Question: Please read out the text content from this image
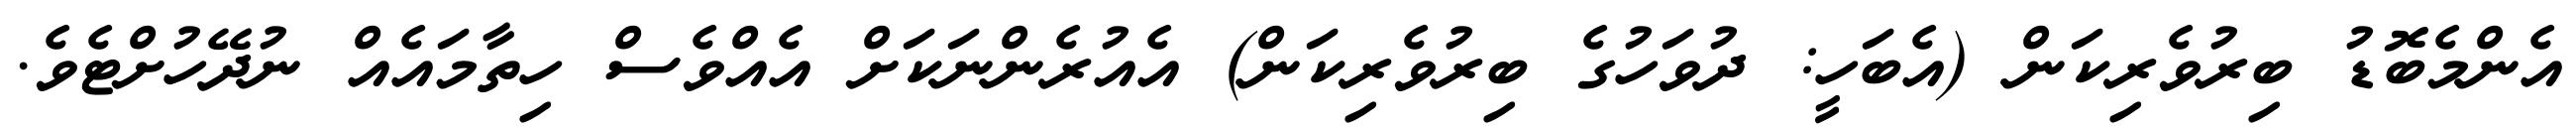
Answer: އެންމެބޮޑު ބިރުވެރިކަން (އެބަހީ: ދުވަހުގެ ބިރުވެރިކަން) އެއުރެންނަކަށް އެއްވެސް ހިތާމައެއް ނުދޭހުށްޓެވެ.